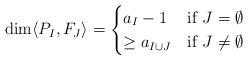
LaTeX: \begin{align*}\dim\langle P_I, F_J\rangle = \begin{cases} a_{I}-1 &\mbox{if } J=\emptyset \\ \geq a_{I\cup J} & \mbox{if } J\neq \emptyset \end{cases} \end{align*}